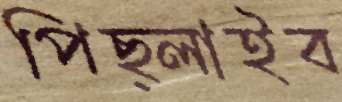
পিছ্‌লাইব